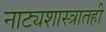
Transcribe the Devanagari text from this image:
नाट्यशास्त्रातही